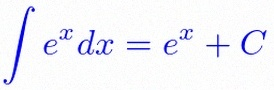
\int e^x dx=e^x+C